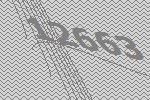
12663